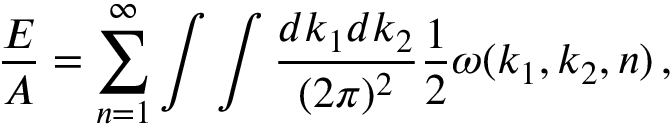
{ \frac { \cal E } { A } } = \sum _ { n = 1 } ^ { \infty } \int \int { \frac { d k _ { 1 } d k _ { 2 } } { ( 2 \pi ) ^ { 2 } } } { \frac { 1 } { 2 } } \omega ( k _ { 1 } , k _ { 2 } , n ) \, ,